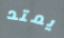
يمتد